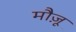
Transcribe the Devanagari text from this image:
मौज़ू